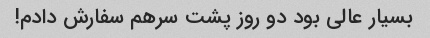
بسیار عالی بود دو روز پشت سرهم سفارش دادم!